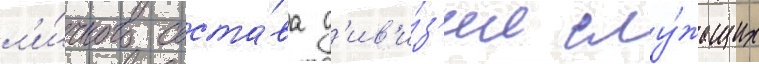
л'и́чного соста́ва д'ив'и́з'ии слу́жащих